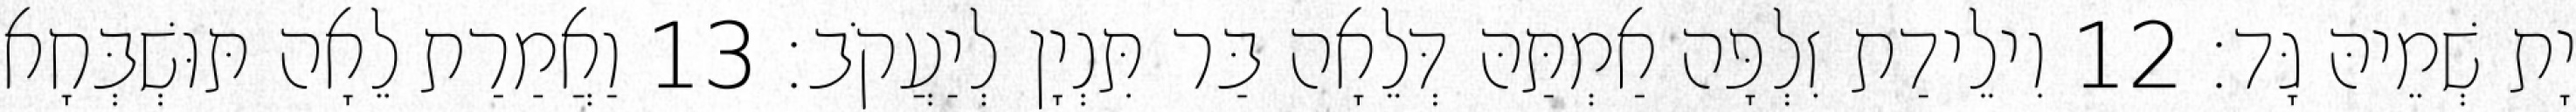
יָת שְׁמֵיהּ גָּד׃ 12 וִילֵידַת זִלְפָּה אַמְתַּהּ דְּלֵאָה בַּר תִּנְיָן לְיַעֲקֹב׃ 13 וַאֲמַרַת לֵאָה תּוּשְׁבְּחָא